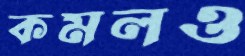
কমলও